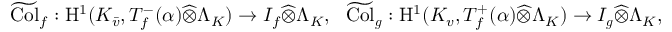
\begin{array} { r } { \widetilde \mathrm { C o l } _ { f } : \mathrm { H } ^ { 1 } ( K _ { \bar { v } } , T _ { f } ^ { - } ( \alpha ) \widehat \otimes \Lambda _ { K } ) \to I _ { f } \widehat \otimes \Lambda _ { K } , \ \ \widetilde \mathrm { C o l } _ { \boldsymbol { g } } : \mathrm { H } ^ { 1 } ( K _ { v } , T _ { f } ^ { + } ( \alpha ) \widehat \otimes \Lambda _ { K } ) \to I _ { \boldsymbol { g } } \widehat \otimes \Lambda _ { K } , } \end{array}